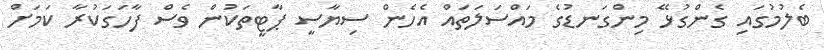
ބެލުމުގައި ގެންގުޅޭ މިންގަނޑުގެ މައްސަލަތައް އެހެން ސިޔާސީ ޕާޓީތަކުން ވެސް ފާހަގަކުރާ ކަމަށް